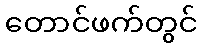
တောင်ဖက်တွင်